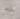
كاتي